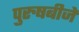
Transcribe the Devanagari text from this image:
पुरुषबीजे